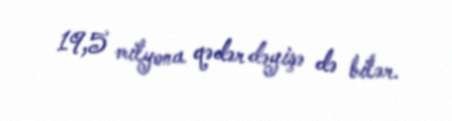
19,5 milyona qədər dəyişə də bilər.